Report of the Imperial Institute of Veterinary Research, Muktesar
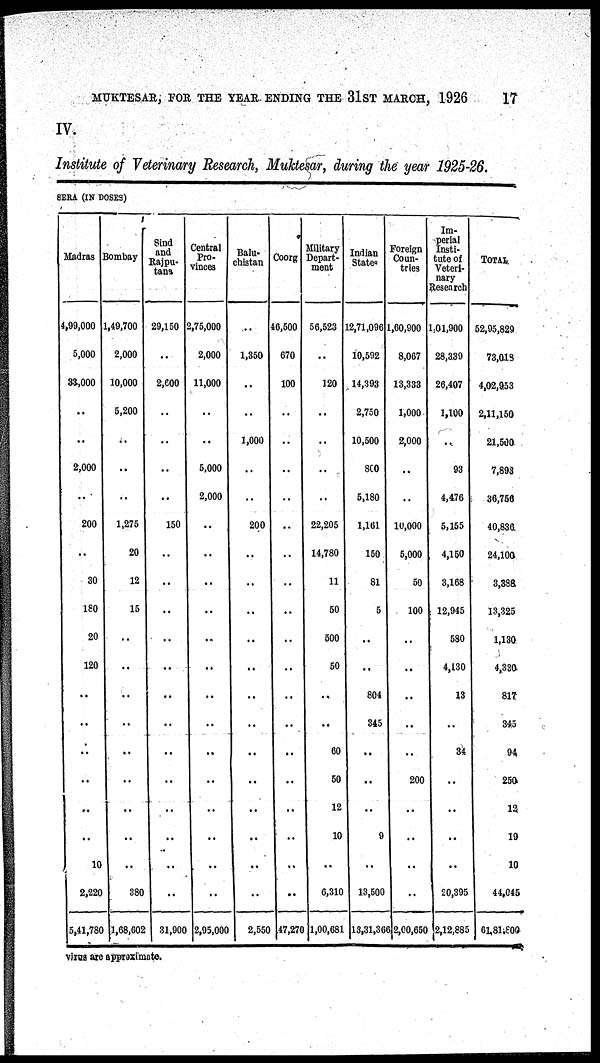
MUKTESAR, FOR THE YEAR ENDING THE 31ST MARCH, 1926
17
IV.
Institute of Veterinary Research, Muktesar, during the year 1925-26.
SERA (IN DOSES)
Madras
4,99,000
5,000
33,000
..
..
2,000
200
..
30
180
20
120
..
..
10
2,220
5,41,780
Bombay
1,49,700
2,000
10,000
5,200
..
..
1,275
20
12
15
..
..
..
..
..
380
1,68,002
Sind and Rajpu¬
tana
29,150
..
2,600
..
..
..
150
..
..
..
..
..
..
..
..
..
31,900
Central
Pro¬
vinces
2,75,000
2,000
11,000
..
..
5,000
2,000
..
..
..
..
..
..
..
..
..
..
2,95,000
Balu-
chistan
..
1,350
..
..
1,000 ..
200
..
..
..
..
..
..
..
..
..
2,550
Coorg
46,500
670
100
..
..
..
..
..
..
..
..
..
..
..
..
..
47,270
Military
Depart-
ment
56,523
..
120
..
..
..
22,205
14,780
11
50
500
50
60
50
12
10
..
6,310
1,00,681
Indian
State
12,71,096
10,592
14,393
2,750
10,500
800
5,180
1,161
150
81
5
..
..
804
345
9
..
13,500
13,31,366
Foreign
Coun-
tries
1,60,900
8,067
13,333
1,000
2,000
..
..
10,000
5,000
50
100
..
..
200
..
..
..
2,00,650
Im-
perial
Insti-
tute of
Veteri-
nary
Research
1,01,900
28,339
26,407
1,100
..
93
4,476
5,155
4,150
3,168
12,945
580
4,130
13
34
..
..
20,395
2,12,885
TOTAL.
52,95,829
73,018
4,02,953
2,11,150
21,500
7,893
36,756
40,836.
24,100
3,388
13,325
1,130
4,330
817
345
94.
250t
12
19
10
44,045
61,81,800
virus are approximate.